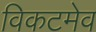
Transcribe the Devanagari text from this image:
विकटमेव